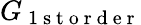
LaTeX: G_{\mathrm{~1~s~t~o~r~d~e~r~}}